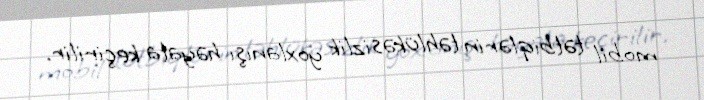
mobil tətbiqlərin təhlükəsizlik yoxlanışı həyata keçirilir.